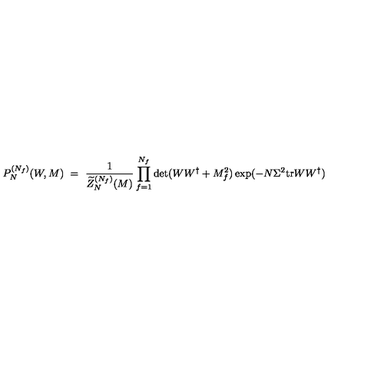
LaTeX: P _ { N } ^ { ( N _ { f } ) } ( W , M ) \ = \ \frac { 1 } { \widetilde { Z } _ { N } ^ { ( N _ { f } ) } ( M ) } \prod _ { f = 1 } ^ { N _ { f } } \det ( W W ^ { \dagger } + M _ { f } ^ { 2 } ) \exp ( - N \Sigma ^ { 2 } { \mathrm { t r } } W W ^ { \dagger } )